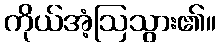
ကိုယ်အံ့ဩသွား၏။